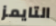
التايمز